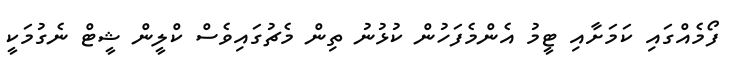
ފޯމެއްގައި ކަމަށާއި ޓީމު އެންމެފަހުން ކުޅުނު ތިން މެޗުގައިވެސް ކްލީން ޝީޓް ނެގުމަކީ